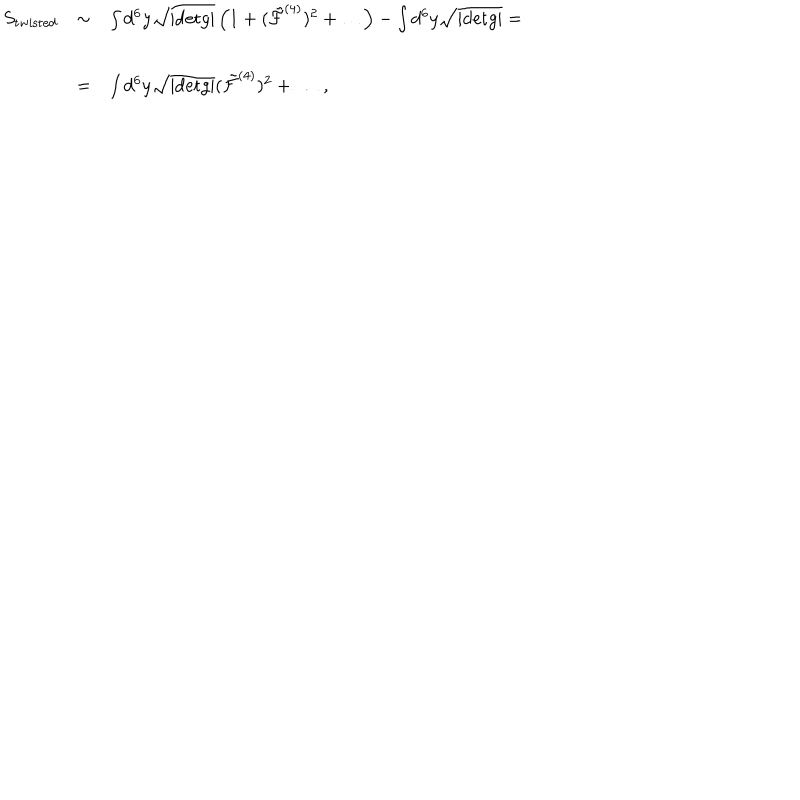
\begin{array} { r c l } { { S _ { \mathrm { t w i s t e d } } } } & { { \sim } } & { { \int d ^ { 6 } y \sqrt { | \mathrm { d e t } g | } \left( 1 + ( { \tilde { \cal F } } ^ { ( 4 ) } ) ^ { 2 } + \dots \right) - \int d ^ { 6 } y \sqrt { | \mathrm { d e t } g | } = } } \\ { { } } & { { } } & { { } } \\ { { } } & { { = } } & { { \int d ^ { 6 } y \sqrt { | \mathrm { d e t } g | } ( { \tilde { \cal F } } ^ { ( 4 ) } ) ^ { 2 } + \dots \, , } } \\ \end{array}